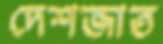
দেশজাত